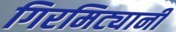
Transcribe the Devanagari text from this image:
गिरमिट्यानी